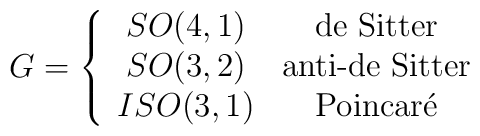
G=\left\{\begin{array}{cc}SO(4,1) & \textrm{de Sitter} \\SO(3,2) & \textrm{anti-de Sitter} \\ISO(3,1) & \textrm{Poincar\'{e}}\end{array}\right.